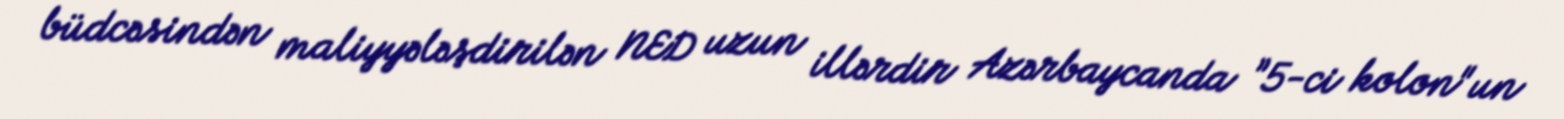
büdcəsindən maliyyələşdirilən NED uzun illərdir Azərbaycanda ”5-ci kolon"un